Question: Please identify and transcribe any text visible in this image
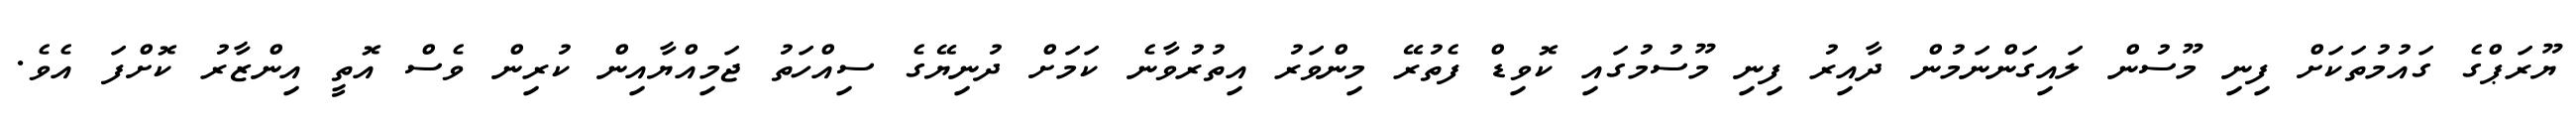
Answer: ޔޫރަޕްގެ ގައުމުތަކަށް ފިނި މޫސުން ލައިގަންނަމުން ދާއިރު ފިނި މޫސުމުގައި ކޮވިޑް ފެތުރޭ މިންވަރު އިތުރުވާނެ ކަމަށް ދުނިޔޭގެ ސިއްހަތު ޖަމިއްޔާއިން ކުރިން ވެސް އޮތީ އިންޒާރު ކޮށްފަ އެވެ.